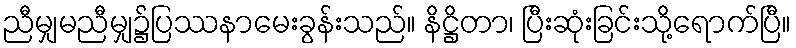
ညီမျှမညီမျှ၌ပြဿနာမေးခွန်းသည်။ နိဋ္ဌိတာ၊ ပြီးဆုံးခြင်းသို့ရောက်ပြီ။